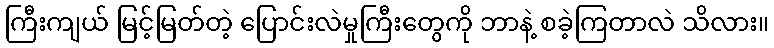
ကြီးကျယ် မြင့်မြတ်တဲ့ ပြောင်းလဲမှုကြီးတွေကို ဘာနဲ့ စခဲ့ကြတာလဲ သိလား။